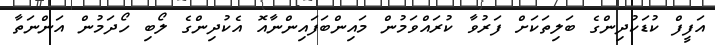
އަފީފް ކުޑަކުދިންގެ ބަލިތަކަށް ފަރުވާ ކުރައްވަމުން މައިންބަފައިންނާއޮ އެކުދިންގެ ލޯބި ހޯދަމުން އަންނަތާ